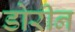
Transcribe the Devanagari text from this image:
डोरीन